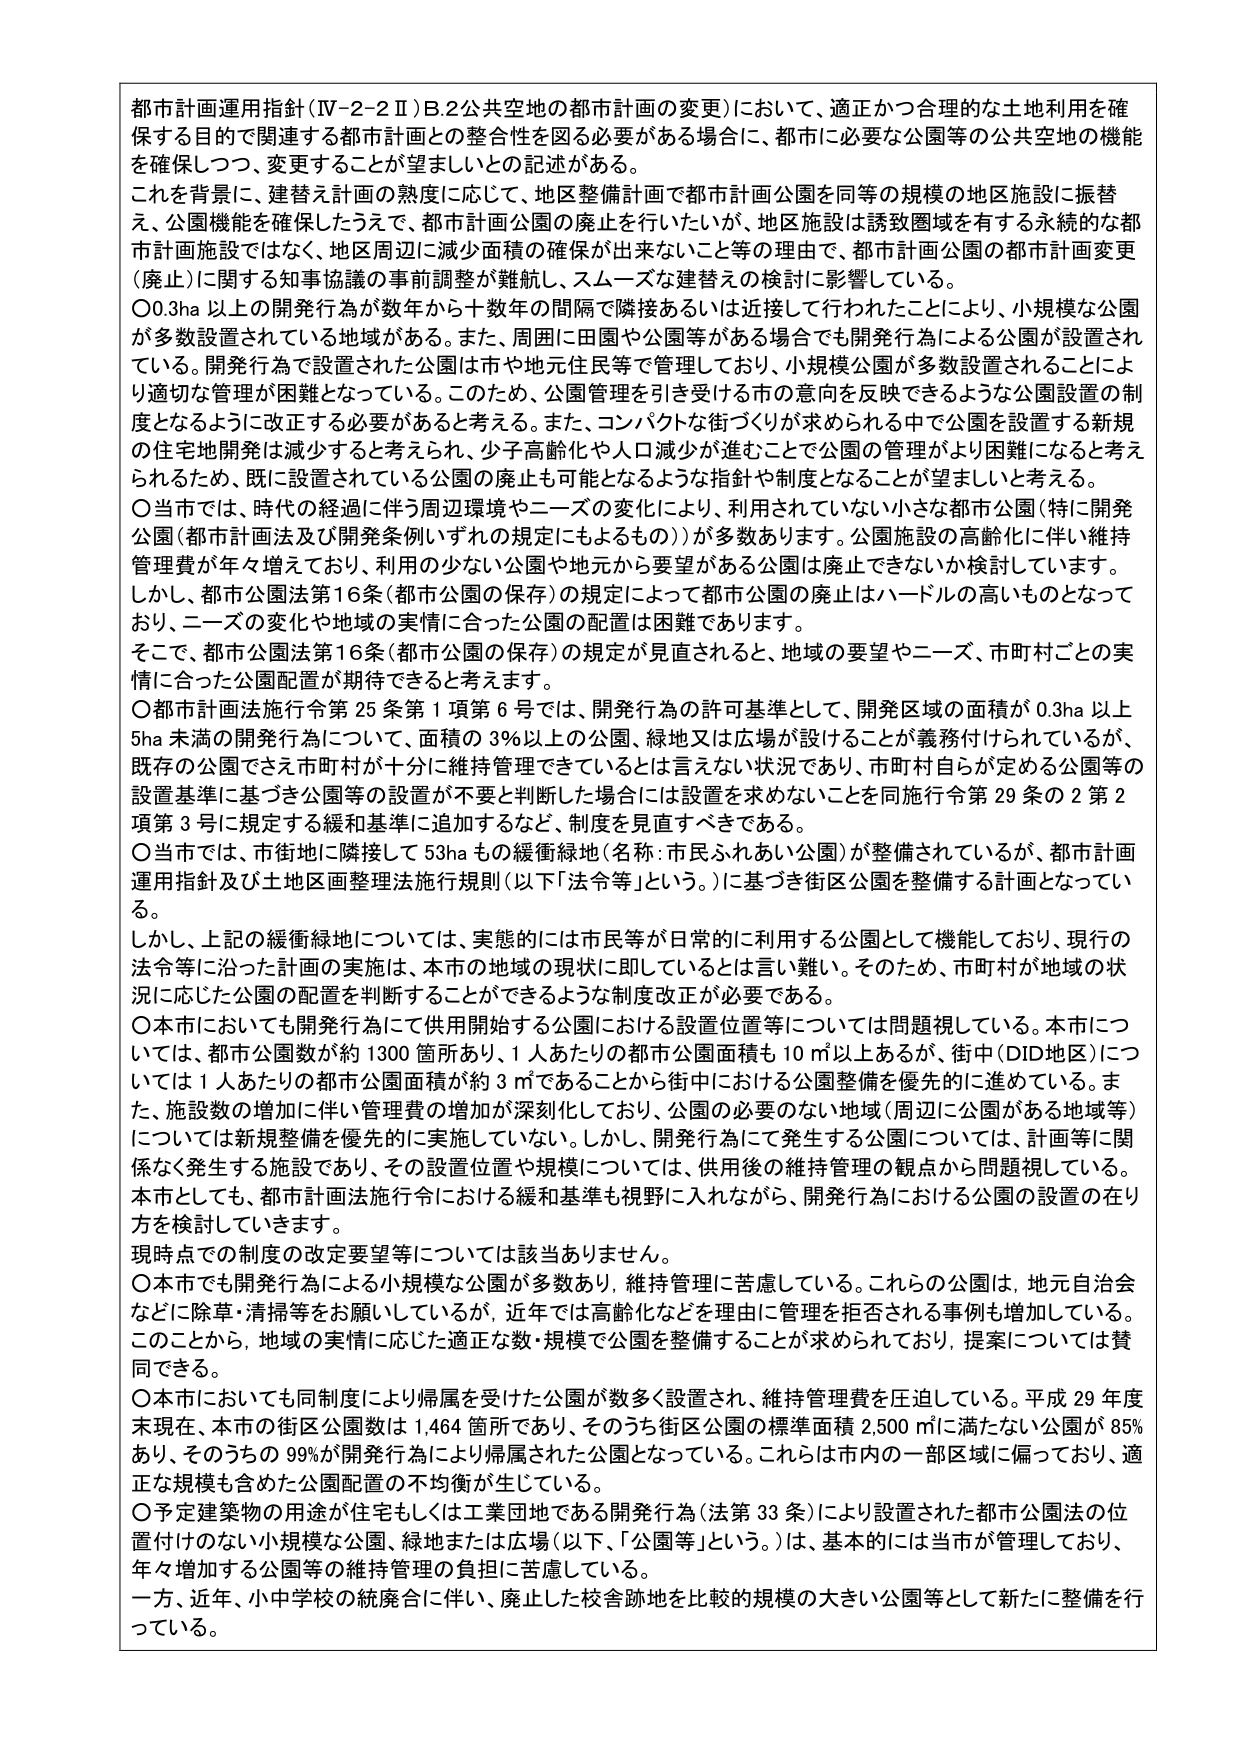
都市計画運用指針（Ⅳ-2-2Ⅱ）B.2公共空地の都市計画の変更）において、適正かつ合理的な土地利用を確保する目的で関連する都市計画との整合性を図る必要がある場合に、都市に必要な公園等の公共空地の機能を確保しつつ、変更することが望ましいとの記述がある。

これを背景に、建替え計画の熟度に応じて、地区整備計画で都市計画公園を同等の規模の地区施設に振替え、公園機能を確保したうえで、都市計画公園の廃止を行いたいが、地区施設は誘致圏域を有する永続的な都市計画施設ではなく、地区周辺に減少面積の確保が出来ないこと等の理由で、都市計画公園の都市計画変更（廃止）に関する知事協議の事前調整が難航し、スムーズな建替えの検討に影響している。

〇0.3ha 以上の開発行為が数年から十数年の間隔で隣接あるいは近接して行われたことにより、小規模な公園が多数設置されている地域がある。また、周囲に田園や公園等がある場合でも開発行為による公園が設置されている。開発行為で設置された公園は市や地元住民等で管理しており、小規模公園が多数設置されることにより適切な管理が困難となっている。このため、公園管理を引き受ける市の意向を反映できるような公園設置の制度となるように改正する必要があると考える。また、コンパクトな街づくりが求められる中で公園を設置する新規の住宅地開発は減少すると考えられ、少子高齢化や人口減少が進むことで公園の管理がより困難になると考えられるため、既に設置されている公園の廃止も可能となるような指針や制度となることが望ましいと考える。

〇当市では、時代の経過に伴う周辺環境やニーズの変化により、利用されていない小さな都市公園（特に開発公園（都市計画法及び開発条例いずれの規定にもよるもの））が多数あります。公園施設の高齢化に伴い維持管理費が年々増えており、利用の少ない公園や地元から要望がある公園は廃止できないか検討しています。しかし、都市公園法第16条（都市公園の保存）の規定によって都市公園の廃止はハードルの高いものとなっており、ニーズの変化や地域の実情に合った公園の配置は困難であります。

そこで、都市公園法第16条（都市公園の保存）の規定が見直されると、地域の要望やニーズ、市町村ごとの実情に合った公園配置が期待できると考えます。

〇都市計画法施行令第25条第1項第6号では、開発行為の許可基準として、開発区域の面積が0.3ha以上5ha未満の開発行為について、面積の3％以上の公園、緑地又は広場が設けることが義務付けられているが、既存の公園でさえ市町村が十分に維持管理できているとは言えない状況であり、市町村自らが定める公園等の設置基準に基づき公園等の設置が不要と判断した場合には設置を求めないことを同施行令第29条の2第2項第3号に規定する緩和基準に追加するなど、制度を見直すべきである。

〇当市では、市街地に隣接して53haもの緩衝緑地（名称：市民ふれあい公園）が整備されているが、都市計画運用指針及び土地区画整理法施行規則（以下「法令等」という。）に基づき街区公園を整備する計画となっている。

しかし、上記の緩衝緑地については、実態的には市民等が日常的に利用する公園として機能しており、現行の法令等に沿った計画の実施は、本市の地域の現状に即しているとは言い難い。そのため、市町村が地域の状況に応じた公園の配置を判断することができるような制度改正が必要である。

〇本市においても開発行為にて供用開始する公園における設置位置等については問題視している。本市については、都市公園数が約1300箇所あり、1人あたりの都市公園面積も10㎡以上あるが、街中（DID地区）については1人あたりの都市公園面積が約3㎡であることから街中ににおける公園整備を優先に進めている。また、施設数の増加に伴い管理費の増加が深刻化しており、公園の必要のない地域（周辺に公園がある地域等）については新規整備を優先的に実施していない。しかし、開発行為にて発生する公園については、計画等に関係なく発生する施設であり、その設置位置や規模については、供用後の維持管理の観点から問題視している。本市としても、都市計画法施行令における緩和基準も視野に入れながら、開発行為における公園の設置の在り方を検討していきます。

現時点での制度の改定要望等については該当ありません。

〇本市でも開発行為による小規模な公園が多数あり、維持管理に苦慮している。これらの公園は、地元自治会などに除草・清掃等をお願いしているが、近年では高齢化などを理由に管理を拒否される事例も増加している。このことから、地域の実情に応じた適正な数・規模で公園を整備することが求められており、提案については賛同できる。

〇本市においても同制度により帰属を受けた公園が数多く設置され、維持管理費を圧迫している。平成29年度末現在、本市の街区公園数は1,464箇所であり、そのうち街区公園の標準面積2,500㎡に満たない公園が85％あり、そのうちの99％が開発行為により帰属された公園となっている。これらは市内の一部区域に偏っており、適正な規模も含めた公園配置の不均衡が生じている。

〇予定建築物の用途が住宅もしくは工業団地である開発行為（法第33条）により設置された都市公園法の位置付けのない小規模な公園、緑地または広場（以下、「公園等」という。）は、基本的には当市が管理しており、年々増加する公園等の維持管理の負担に苦慮している。

一方、近年、小中学校の統廃合に伴い、廃止した校舎跡地を比較的規模の大きい公園等として新たに整備を行っている。